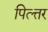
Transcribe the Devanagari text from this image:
पित्त्तर